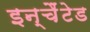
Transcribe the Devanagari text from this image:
इन्चैंटेड